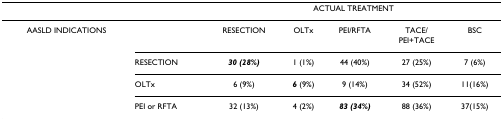
<table><thead><tr><td></td><td></td><td colspan="5"><b>ACTUAL TREATMENT</b></td></tr></thead><tbody><tr><td>AASLD INDICATIONS</td><td></td><td>RESECTION</td><td>OLTx</td><td>PEI/RFTA</td><td>TACE/PEI+TACE</td><td>BSC</td></tr><tr><td></td><td>RESECTION</td><td><b><i>30 (28%)</i></b></td><td>1 (1%)</td><td>44 (40%)</td><td>27 (25%)</td><td>7 (6%)</td></tr><tr><td></td><td>OLTx</td><td>6 (9%)</td><td><b><i>6 </i></b>(9%)</td><td>9 (14%)</td><td>34 (52%)</td><td>11(16%)</td></tr><tr><td></td><td>PEI or RFTA</td><td>32 (13%)</td><td>4 (2%)</td><td><b><i>83 (34%)</i></b></td><td>88 (36%)</td><td>37(15%)</td></tr></tbody></table>